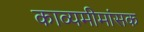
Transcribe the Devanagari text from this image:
काव्यमीमांसक